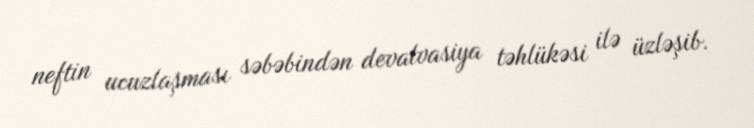
neftin ucuzlaşması səbəbindən devalvasiya təhlükəsi ilə üzləşib.